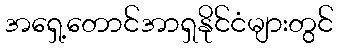
အရှေ့တောင်အာရှနိုင်ငံများတွင်